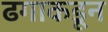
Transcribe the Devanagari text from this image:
ढगाकडून